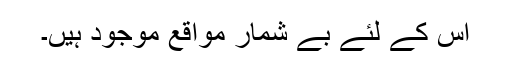
اس کے لئے بے شمار مواقع موجود ہیں۔